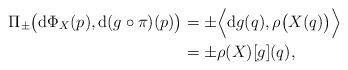
LaTeX: \begin{align*} \Pi _\pm \bigl( \mathrm{d} \Phi _X (p) , \mathrm{d} (g \circ \pi) (p) \bigr) &= \pm \Bigl\langle \mathrm{d} g (q) , \rho \bigl( X (q) \bigr) \Bigr\rangle \\ &= \pm \rho (X) [g] (q) , \end{align*}